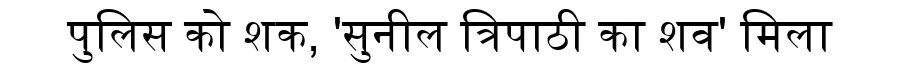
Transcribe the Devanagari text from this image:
पुलिस को शक, 'सुनील त्रिपाठी का शव' मिला